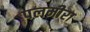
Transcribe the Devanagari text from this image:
पलमीरा